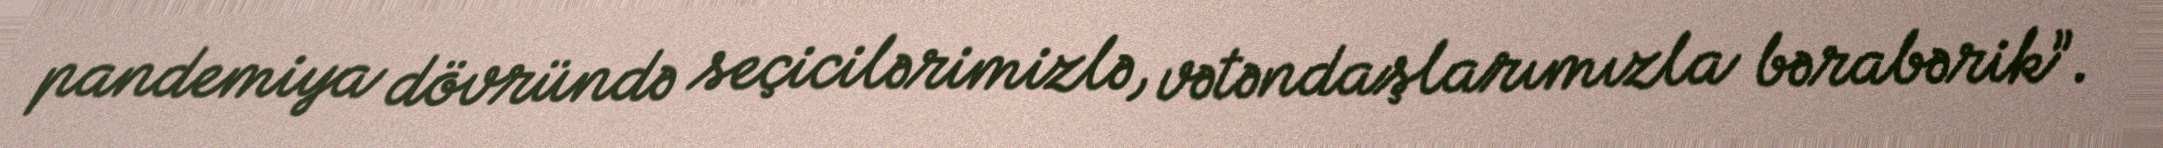
pandemiya dövründə seçicilərimizlə, vətəndaşlarımızla bərabərik”.